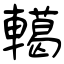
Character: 轕